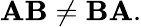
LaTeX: \mathbf{A}\mathbf{B}\neq\mathbf{B}\mathbf{A}.